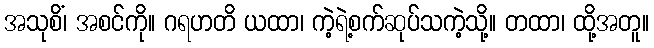
အသုစိံ၊ အစင်ကို။ ဂရဟတိ ယထာ၊ ကဲ့ရဲ့စက်ဆုပ်သကဲ့သို့။ တထာ၊ ထို့အတူ။